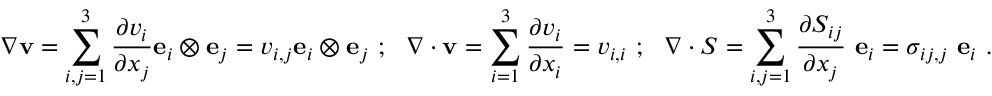
{ \boldsymbol { \nabla } } \mathbf { v } = \sum _ { i , j = 1 } ^ { 3 } { \frac { \partial v _ { i } } { \partial x _ { j } } } \mathbf { e } _ { i } \otimes \mathbf { e } _ { j } = v _ { i , j } \mathbf { e } _ { i } \otimes \mathbf { e } _ { j } ~ ; ~ ~ { \boldsymbol { \nabla } } \cdot \mathbf { v } = \sum _ { i = 1 } ^ { 3 } { \frac { \partial v _ { i } } { \partial x _ { i } } } = v _ { i , i } ~ ; ~ ~ { \boldsymbol { \nabla } } \cdot { \boldsymbol { S } } = \sum _ { i , j = 1 } ^ { 3 } { \frac { \partial S _ { i j } } { \partial x _ { j } } } ~ \mathbf { e } _ { i } = \sigma _ { i j , j } ~ \mathbf { e } _ { i } ~ .